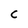
Character: C